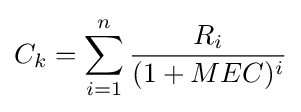
C_{k}=\sum _{i=1}^{n}{\frac {R_{i}}{(1+MEC)^{i}}}